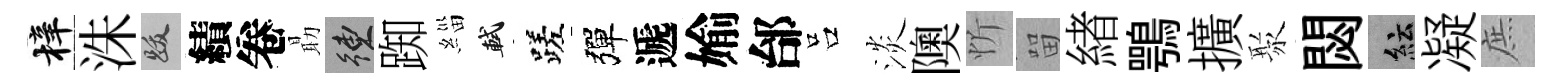
梓洙跋績卷朂練踟緇軾蹉彈遞媮邰吕淡隩忻㽞緖鶚擴聚閟紜凝庶